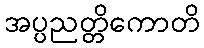
အပ္ပညတ္တိကောတိ